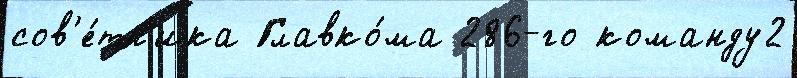
сов'е́тн'ика Главко́ма 286-го команду2